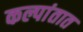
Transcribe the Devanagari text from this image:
कल्पांतात